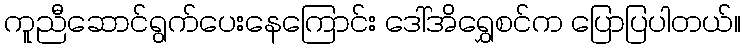
ကူညီဆောင်ရွက်ပေးနေကြောင်း ဒေါ်အိရွှေစင်က ပြောပြပါတယ်။